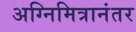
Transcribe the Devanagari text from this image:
अग्निमित्रानंतर